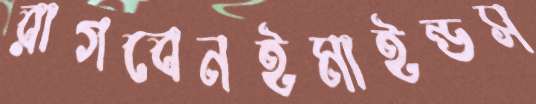
রাগবেনইমাইন্ডস